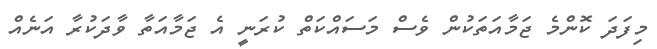
މިފަދަ ކޮންމެ ޖަމާއަތަކުން ވެސް މަސައްކަތް ކުރަނީ އެ ޖަމާއަތާ ވާދަކުރާ އަނެއް